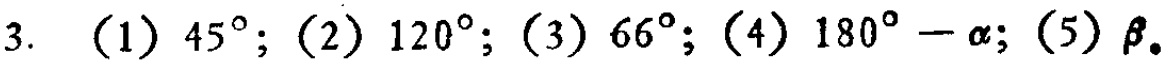
3. （1）$45^{\circ}$;（2）$120^{\circ}$;（3）$66^{\circ}$;（4）$180^{\circ}-\alpha$;（5）$\beta$。